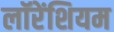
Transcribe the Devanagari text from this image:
लॉरेंशियम